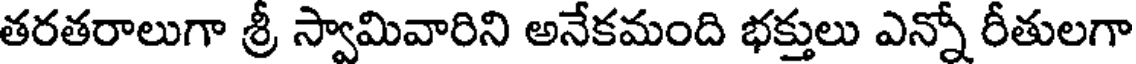
తరతరాలుగా శ్రీ స్వామివారిని అనేకమంది భక్తులు ఎన్నో రీతులగా